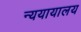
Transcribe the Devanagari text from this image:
न्ययायालय